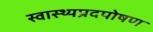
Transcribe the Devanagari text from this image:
स्वास्थ्यप्रदपोषण